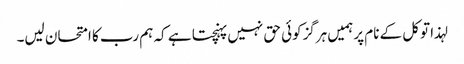
لہذا توکل کے نام پرہمیں ہرگزکوئی حق نہیں پہنچتا ہے کہ ہم رب کا امتحان لیں۔